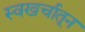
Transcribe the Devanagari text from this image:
स्वखर्चातून